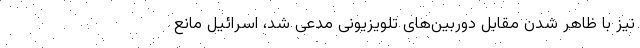
نیز با ظاهر شدن مقابل دوربین‌های تلویزیونی مدعی شد، اسرائیل مانع